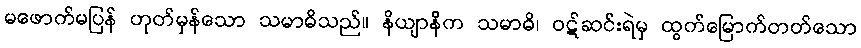
မဖောက်မပြန် ဟုတ်မှန်သော သမာဓိသည်။ နိယျာနိက သမာဓိ၊ ဝဋ်ဆင်းရဲမှ ထွက်မြောက်တတ်သော